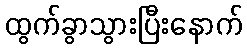
ထွက်ခွာသွားပြီးနောက်